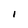
Character: I